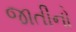
જાતીનો